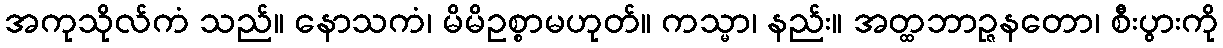
အကုသိုလ်ကံ သည်။ နောသကံ၊ မိမိဥစ္စာမဟုတ်။ ကသ္မာ၊ နည်း။ အတ္ထဘာဉ္ဇနတော၊ စီးပွားကို